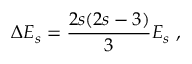
\Delta E _ { s } = \frac { 2 s ( 2 s - 3 ) } { 3 } E _ { s } \ ,